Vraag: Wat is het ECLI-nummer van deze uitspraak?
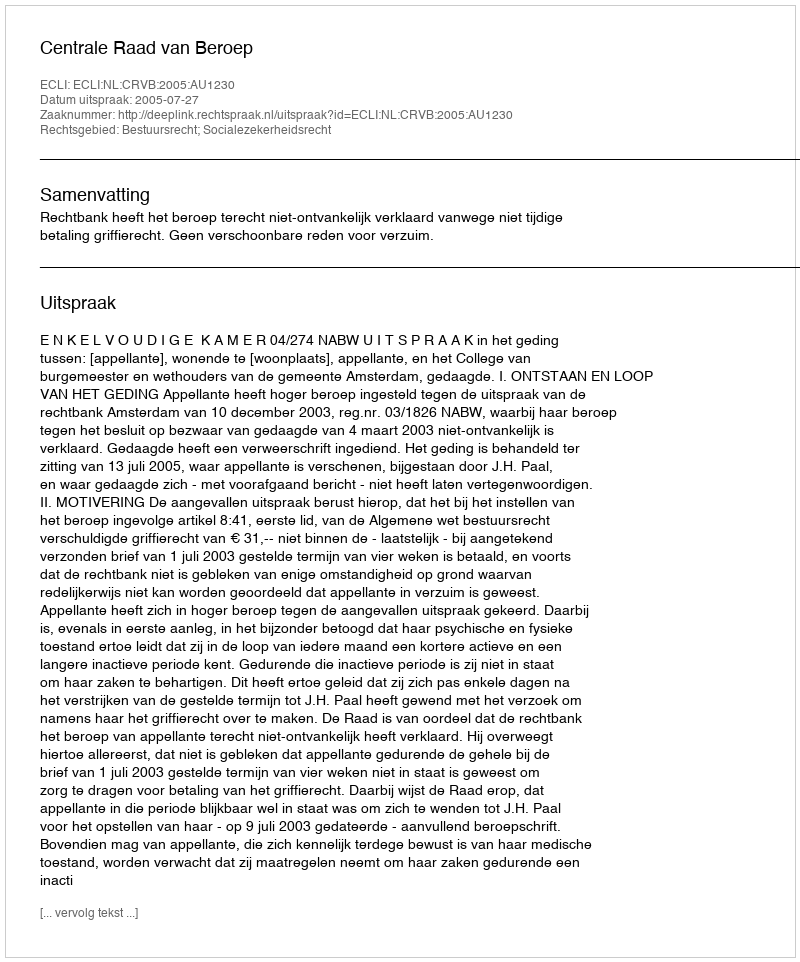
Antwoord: ECLI:NL:CRVB:2005:AU1230